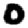
Digit: 0